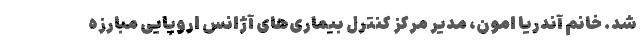
شد. خانم آندریا اَمون، مدیر مرکز کنترل بیماری‌های آژانس اروپایی مبارزه